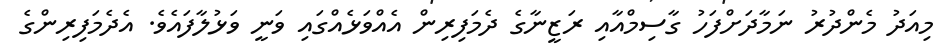
މިއަދު މެންދުރު ނަމާދަށްފަހު ގާސިމްއާއި ރަޒީނާގެ ދެމަފިރިން އެއްވަޅެއްގައި ވަނީ ވަޅުލާފައެވެ. އެދެމަފިރިންގެ